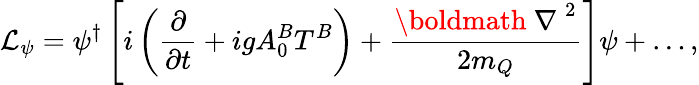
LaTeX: {\cal L}_{\psi}=\psi^{\dagger}\left[i\left({\frac{\partial}{\partial t}}+igA_{0}^{B}T^{B}\right)+{\frac{\mathrm{\boldmath~\nabla~}^{2}}{2m_{Q}}}\right]\psi+\ldots,